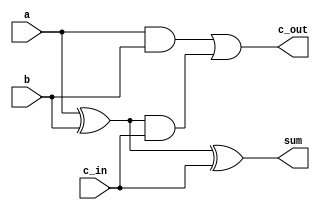
//----------------------------------------------------------------------------
module FULL_ADDER (a, b, c_in, sum, c_out);
    input wire a, b, c_in;
    output wire sum, c_out;
    wire s1, c1, c2;

    xor (s1, a, b); 
    xor (sum, s1, c_in);
    and (c1, a, b);
    and (c2, s1, c_in);
    or (c_out, c1, c2);
endmodule
//----------------------------------------------------------------------------
module FULL_ADDER_4BITS (a, b, c_in, sum, c_out);
    input wire [3:0] a, b;
    input wire c_in;
    output wire [3:0] sum;
    output wire c_out;
    wire [3:1] x;

FULL_ADDER entity_1 (a[0], b[0], c_in, sum[0], x[1]);
FULL_ADDER entity_2 (a[1], b[1], x[1], sum[1], x[2]);
FULL_ADDER entity_3 (a[2], b[2], x[2], sum[2], x[3]);
FULL_ADDER entity_4 (a[3], b[3], x[3], sum[3], c_out);
endmodule
//-----------------------------------------------------------------------------
module mux2X1 (in0, in1, sel, out);
    input wire in0, in1, sel;
    output wire out;
    wire net0, net1, selnot;

    not (selnot, sel);
    and (net0, in0, selnot);
    and (net1, in1, sel);
    or (out, net0, net1);
endmodule
//----------------------------------------------------------------------------
module mux2X2 (in0, in1, sel, out);
    input wire [1:0] in0, in1;
    input wire sel;
    output wire [1:0] out;
    wire net00, net10, selnot0, net01, net11, selnot1;

mux2X1 entity_5 (in0[0], in1[0], sel, out[0]);
mux2X1 entity_6 (in0[1], in1[1], sel, out[1]);
endmodule
//----------------------------------------------------------------------------
module mux2X4 (in0, in1, sel, out);
    input wire [3:0] in0, in1;
    input wire sel;
    output wire [3:0] out;

mux2X2 entity_7 (in0[1:0], in1[1:0], sel, out[1:0]);
mux2X2 entity_8 (in0[3:2], in1[3:2], sel, out[3:2]);
endmodule
//----------------------------------------------------------------------------
module mux2X8 (in0, in1, sel, out);
    input wire [7:0] in0, in1;
    input wire sel;
    output wire [7:0] out;

mux2X4 entity_9 (in0[3:0], in1[3:0], sel, out[3:0]);
mux2X4 entity_10 (in0[7:4], in1[7:4], sel, out[7:4]);
endmodule
//----------------------------------------------------------------------------
module mux2X16 (in0, in1, sel, out);
    input wire [15:0] in0, in1;
    input wire sel;
    output wire [15:0] out;

mux2X8 entity_11 (in0[7:0], in1[7:0], sel, out[7:0]);
mux2X8 entity_12 (in0[15:8], in1[15:8], sel, out[15:8]);
endmodule
//----------------------------------------------------------------------------
module mux2X32 (in0, in1, sel, out);
    input wire [31:0] in0, in1;
    input wire sel;
    output wire [31:0] out;

mux2X16 entity_13 (in0[15:0], in1[15:0], sel, out[15:0]);
mux2X16 entity_14 (in0[31:16], in1[31:16], sel, out[31:16]);
endmodule
//----------------------------------------------------------------------------
module CSA_4BITS (a, b, c_in, sum, c_out);
    input wire [3:0] a, b;
    input wire c_in;
    output wire [3:0] sum;
    output wire c_out;
    wire [1:0] s0, s1;
    wire c0, c1, c2, c3, c4, c5;

FULL_ADDER entity_15 (a[0], b[0], c_in, sum[0], c0);
FULL_ADDER entity_16 (a[1], b[1], c0, sum[1], c1);

FULL_ADDER entity_17 (a[2], b[2], 1'b0, s0[0], c2);
FULL_ADDER entity_18 (a[3], b[3], c2, s0[1], c3);
FULL_ADDER entity_19 (a[2], b[2], 1'b1, s1[0], c4);
FULL_ADDER entity_20 (a[3], b[3], c4, s1[1], c5);

mux2X1 entity_21 (c3, c5, c1, c_out);
mux2X2 entity_22 (s0, s1, c1, sum[3:2]);
endmodule
//----------------------------------------------------------------------------
module CSA_8BITS (a, b, c_in, sum, c_out);
    input wire [7:0] a, b;
    input wire c_in;
    output wire [7:0] sum;
    output wire c_out;
    wire [3:0] s0, s1;
    wire c0, c1, c2;

CSA_4BITS entity_23 (a[3:0], b[3:0], c_in, sum[3:0], c0);

CSA_4BITS entity_24 (a[7:4], b[7:4], 1'b0, s0, c1);
CSA_4BITS entity_25 (a[7:4], b[7:4], 1'b1, s1, c2);

mux2X1 entity_26 (c1, c2, c0, c_out);
mux2X4 entity_27 (s0, s1, c0, sum[7:4]);
endmodule
//----------------------------------------------------------------------------
module CSA_16BITS (a, b, c_in, sum, c_out);
    input wire [15:0] a, b;
    input wire c_in;
    output wire [15:0] sum;
    output wire c_out;
    wire [7:0] s0, s1;
    wire c0, c1, c2;

CSA_8BITS entity_28 (a[7:0], b[7:0], c_in, sum[7:0], c0);

CSA_8BITS entity_29 (a[15:8], b[15:8], 1'b0, s0, c1);
CSA_8BITS entity_30 (a[15:8], b[15:8], 1'b1, s1, c2);

mux2X1 entity_31 (c1, c2, c0, c_out);
mux2X8 entity_32 (s0, s1, c0, sum[15:8]);
endmodule
//----------------------------------------------------------------------------
module CSA_32BITS (a, b, c_in, sum, c_out);
    input wire [31:0] a, b;
    input wire c_in;
    output wire [31:0] sum;
    output wire c_out;
    wire [15:0] s0, s1;
    wire c0, c1, c2;

CSA_16BITS entity_33 (a[15:0], b[15:0], c_in, sum[15:0], c0);

CSA_16BITS entity_34 (a[31:16], b[31:16], 1'b0, s0, c1);
CSA_16BITS entity_35 (a[31:16], b[31:16], 1'b1, s1, c2);

mux2X1 entity_36 (c1, c2, c0, c_out);
mux2X16 entity_37 (s0, s1, c0, sum[31:16]);
endmodule
//----------------------------------------------------------------------------

`timescale 1ns/1ps
module CSA_TB;
    reg [31:0] a, b;
    reg c_in;
    wire [31:0] sum;
    wire c_out;

//Verilog code for the structural full adder 
CSA_32BITS uut (a, b, c_in, sum, c_out);
    initial begin
        #10
        a = 32'b00000000100000111100001110101110;
        b = 32'b00000000000001110010011110101110;
        c_in = 0;
        #10
        a = 32'b00000000110000100111011111010111;
        b = 32'b00000000101110111000111111010111;
        c_in = 1;
        #10 
        a = 32'b00000000101110101110000101001000;
        b = 32'b00000000010110011001100110011001;
        c_in = 0;
        #10
        a = 32'b00000000111111010111000010100100;
        b = 32'b00000000111111010111000010100100;
        c_in = 1;
/*
        #10
        a = 8'd44;
        b = -8'd14;
        c_in = 0;
        #10
        a = -8'd45;
        b = 8'd45;
        c_in = 1;
        #10
        a = 8'd16;
        b = -8'd56;
        c_in = 0;
        #10 
        a = 8'd6;
        b = -8'd4;
        c_in = 1;
*/
    end
endmodule
//----------------------------------------------------------------------------
module mux2X64 (in0, in1, sel, out);
    input wire [63:0] in0, in1;
    input wire sel;
    output wire [63:0] out;

mux2X32 entity_38 (in0[31:0], in1[31:0], sel, out[31:0]);
mux2X32 entity_39 (in0[63:32], in1[63:32], sel, out[63:32]);
endmodule